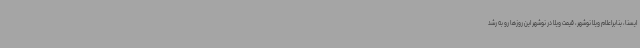
ایسنا، بنابراعلام ویلا نوشهر، قیمت ویلا در نوشهر این روزها رو به رشد